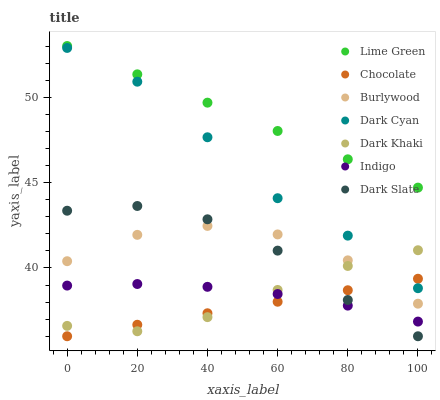
| xaxis_label | Lime Green | Chocolate | Burlywood | Dark Cyan | Dark Khaki | Indigo | Dark Slate |
 | --- | --- | --- | --- | --- | --- | --- | --- |
 | 0 | 53 | 36 | 40.4 | 52.9 | 36.6 | 39 | 43.4 |
 | 20 | 51.3 | 36.7 | 41.9 | 50.9 | 36.3 | 39.1 | 43.6 |
 | 40 | 49.7 | 37.3 | 42.5 | 47.7 | 37.1 | 38.9 | 42.9 |
 | 60 | 48 | 38 | 42 | 44.1 | 38.7 | 38.5 | 41 |
 | 80 | 46.4 | 38.7 | 40.4 | 41.9 | 40.1 | 37.8 | 38.1 |
 | 100 | 44.7 | 39.4 | 37.9 | 38.8 | 41 | 36.9 | 36 |